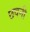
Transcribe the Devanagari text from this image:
छवनी